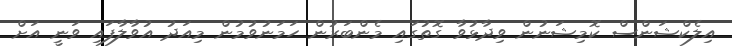
އިލެކްޝަންސް ކޮމިޝަނުން ވިދާޅުވާ ގޮތުގައި މެންބަރުން ހަމަނުވުމުން މިއަދު އުވާލާފައި ވަނީ އަށް